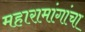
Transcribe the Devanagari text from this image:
महारामांगांचा